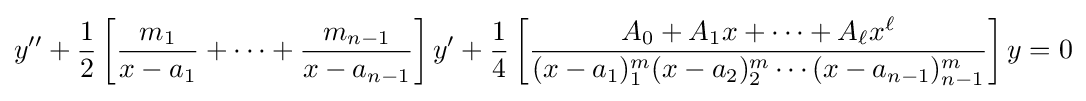
y''+{\frac {1}{2}}\left[{\frac {m_{1}}{x-a_{1}}}+\cdots +{\frac {m_{n-1}}{x-a_{n-1}}}\right]y'+{\frac {1}{4}}\left[{\frac {A_{0}+A_{1}x+\cdots +A_{\ell }x^{\ell }}{(x-a_{1})_{1}^{m}(x-a_{2})_{2}^{m}\cdots (x-a_{n-1})_{n-1}^{m}}}\right]y=0